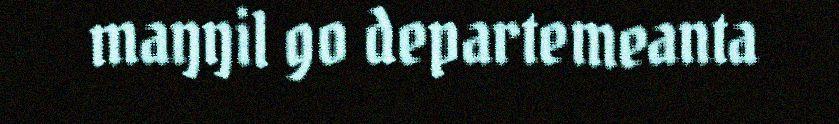
maŋŋil go departemeanta